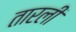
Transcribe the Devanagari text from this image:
तारली